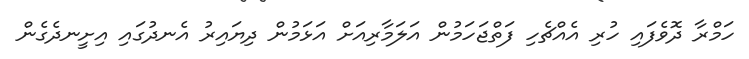
ހަމްރާ ދޮވެފައި ހުރި އެއްޗެހި ފަތްޖަހަމުން އަލަމާރިއަށް އަޅަމުން ދިޔައިރު އެނދުގައި އިށީނދެގެން